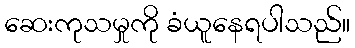
ဆေးကုသမှုကို ခံယူနေရပါသည်။